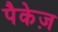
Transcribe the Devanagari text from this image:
पैकेज़